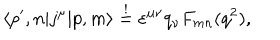
\langle p ^ { \prime } , n | j ^ { \mu } | p , m \rangle \stackrel { ! } { = } \varepsilon ^ { \mu \nu } q _ { \nu } F _ { m n } ( q ^ { 2 } ) ,